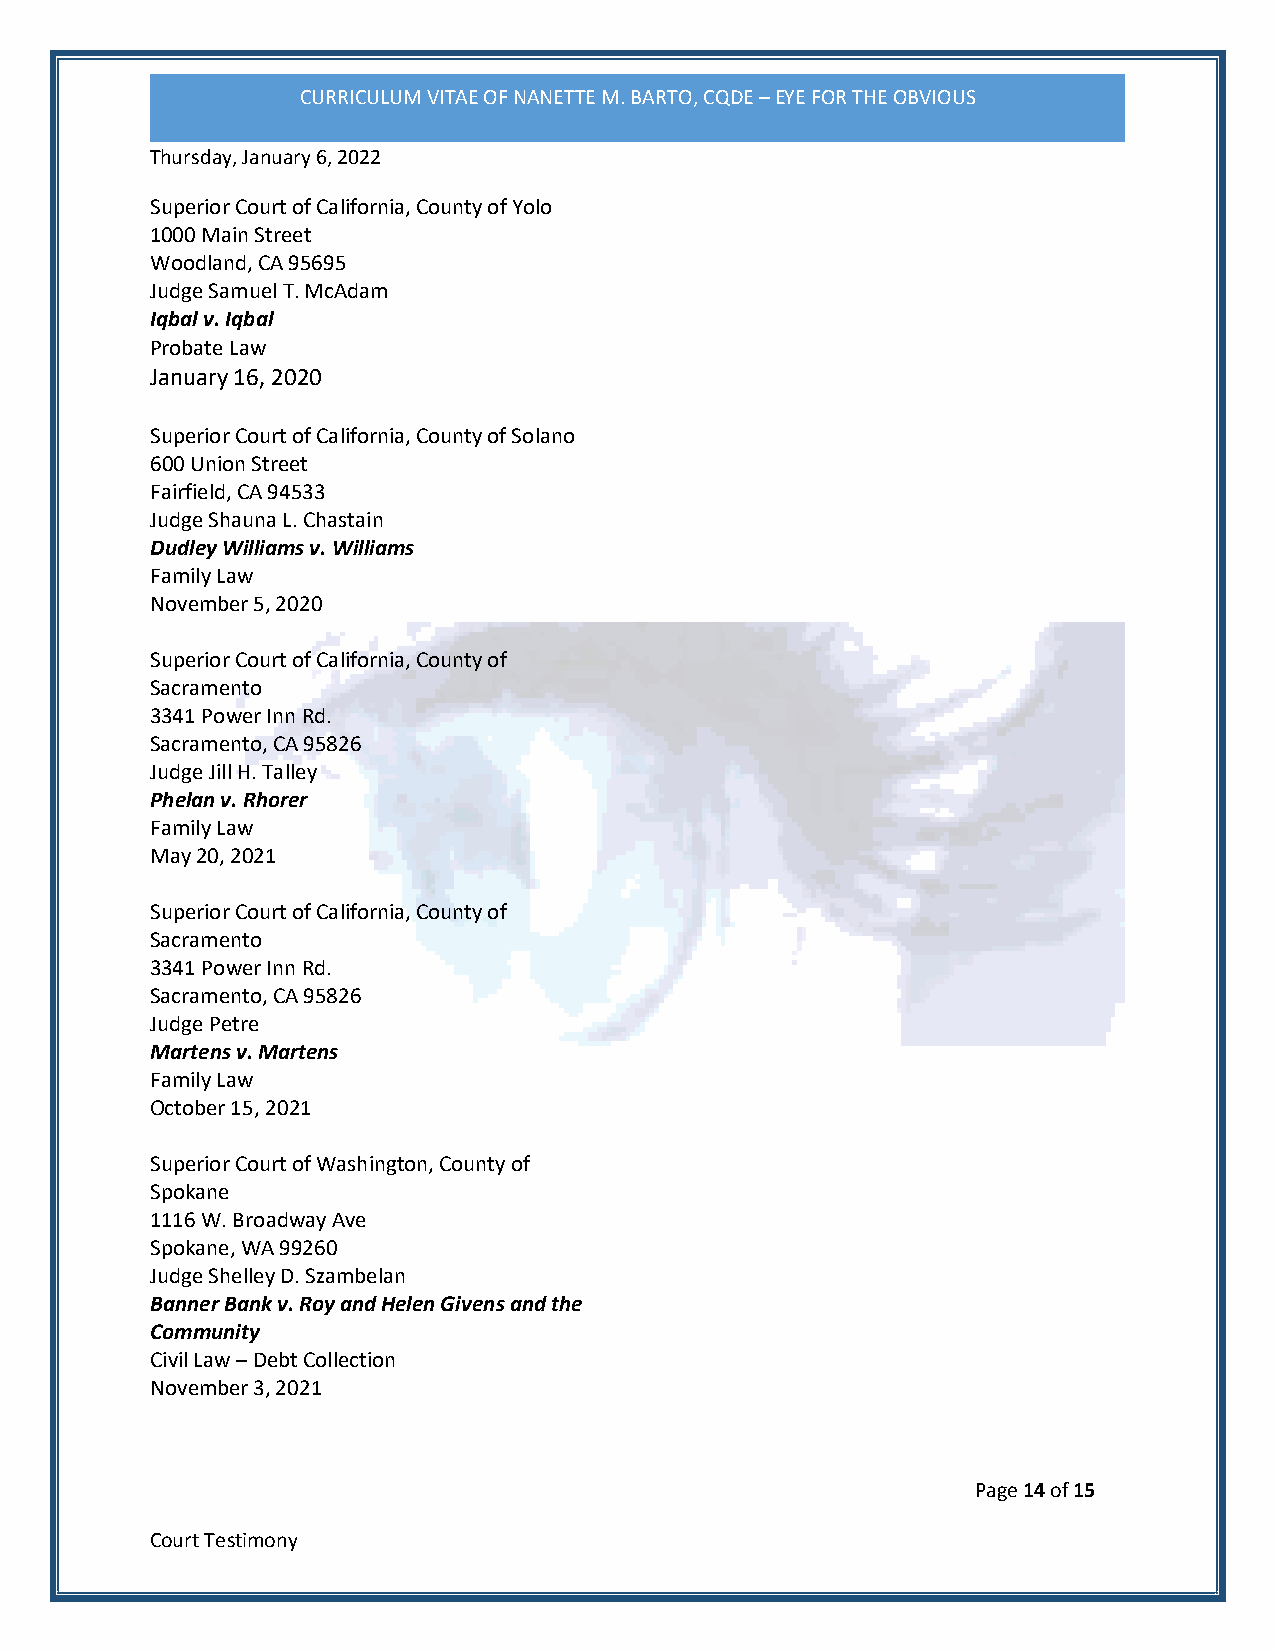
CURRICULUM VITAE OF NANETTE M. BARTO, CQDE – EYE FOR THE OBVIOUS
 Thursday, January 6, 2022
 Superior Court of California, County of Yolo
 1000 Main Street
 Woodland, CA 95695
 Judge Samuel T. McAdam
 Iqbal v. Iqbal
 Probate Law
 January 16, 2020
 Superior Court of California, County of Solano
 600 Union Street
 Fairfield, CA 94533
 Judge Shauna L. Chastain
 Dudley Williams v. Williams
 Family Law
 November 5, 2020
 Superior Court of California, County of
 Sacramento
 3341 Power Inn Rd.
 Sacramento, CA 95826
 Judge Jill H. Talley
 Phelan v. Rhorer
 Family Law
 May 20, 2021
 Superior Court of California, County of
 Sacramento
 3341 Power Inn Rd.
 Sacramento, CA 95826
 Judge Petre
 Martens v. Martens
 Family Law
 October 15, 2021
 Superior Court of Washington, County of
 Spokane
 1116 W. Broadway Ave
 Spokane, WA 99260
 Judge Shelley D. Szambelan
 Banner Bank v. Roy and Helen Givens and the
 Community
 Civil Law – Debt Collection
 November 3, 2021
 Page 14 of 15
 Court Testimony